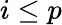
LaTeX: i\leq p